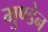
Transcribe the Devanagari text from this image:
मुण्‍डेन